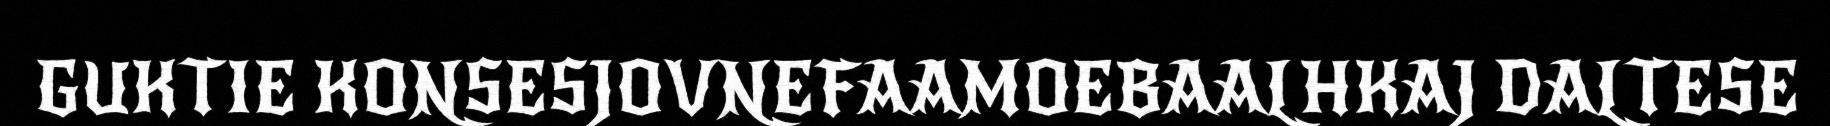
GUKTIE KONSESJOVNEFAAMOEBAALHKAJ DALTESE